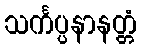
သင်္ကပ္ပနာနတ္တံ